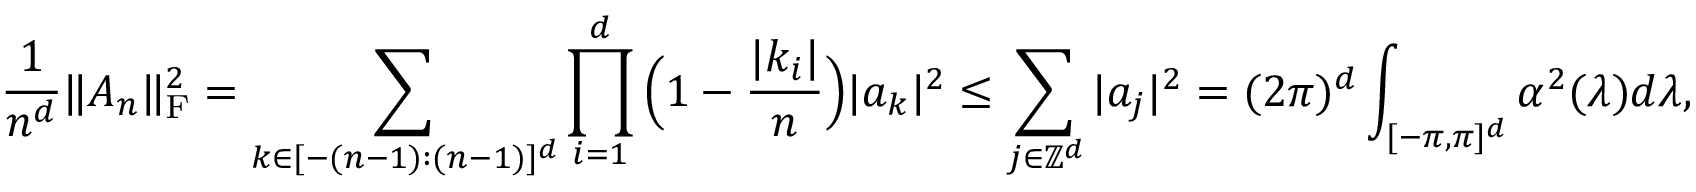
\frac { 1 } { n ^ { d } } \| A _ { n } \| _ { \mathrm { F } } ^ { 2 } = \sum _ { k \in [ - ( n - 1 ) : ( n - 1 ) ] ^ { d } } \prod _ { i = 1 } ^ { d } \Big ( 1 - \frac { | k _ { i } | } { n } \Big ) | a _ { k } | ^ { 2 } \le \sum _ { j \in \mathbb Z ^ { d } } | a _ { j } | ^ { 2 } = ( 2 \pi ) ^ { d } \int _ { [ - \pi , \pi ] ^ { d } } \alpha ^ { 2 } ( \lambda ) d \lambda ,